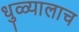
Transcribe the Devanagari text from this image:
धुळ्यालाच